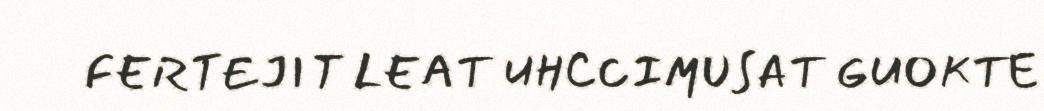
FERTEJIT LEAT UHCCIMUSAT GUOKTE